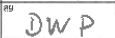
Transcription: DWP